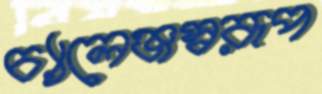
চ্যালেঞ্জস্বরূপ